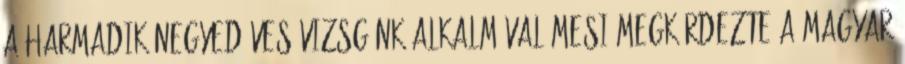
A harmadik negyedéves vizsgánk alkalmával Mesi megkérdezte a magyar